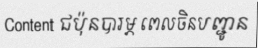
Content ជប៉ុនបារម្ភ ពេលចិនបញ្ជូន